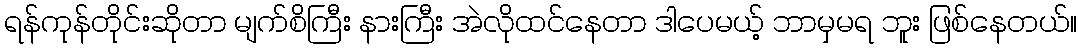
ရန်ကုန်တိုင်းဆိုတာ မျက်စိကြီး နားကြီး အဲလိုထင်နေတာ ဒါပေမယ့် ဘာမှမရ ဘူး ဖြစ်နေတယ်။